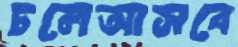
চলেআসবে